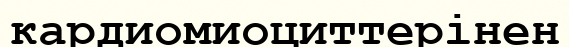
кардиомиоциттерінен